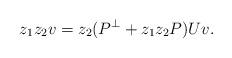
LaTeX: \begin{align*}z_1z_2v=z_2(P^\perp+z_1z_2P)Uv.\end{align*}